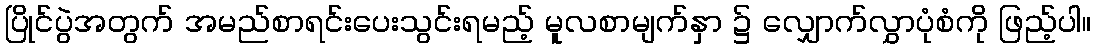
ပြိုင်ပွဲအတွက် အမည်စာရင်းပေးသွင်းရမည့် မူလစာမျက်နှာ ၌ လျှောက်လွှာပုံစံကို ဖြည့်ပါ။